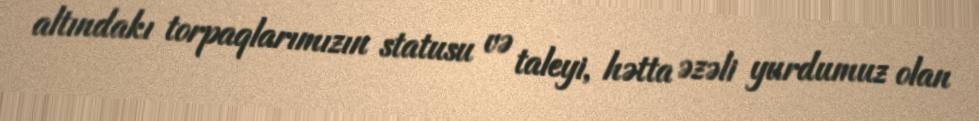
altındakı torpaqlarımızın statusu və taleyi, hətta əzəli yurdumuz olan